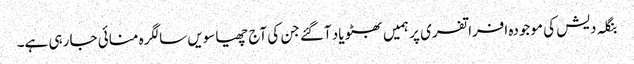
بنگلہ دیش کی موجودہ افراتفری پر ہمیں بھٹو یاد آگئے جن کی آج چھیاسویں سالگرہ منائی جا رہی ہے۔